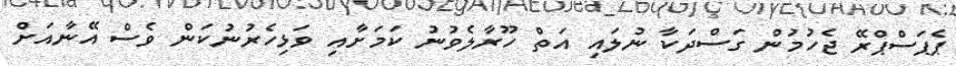
ޕެޕަސްޕްރޭ ޖެހުމުން ގަސްދަކާ ނުލައި އަތް ހޫރާލެވުނު ކަމަށާއި ވަޅިހެރުނުކަން ވެސް އޭނާއަށް